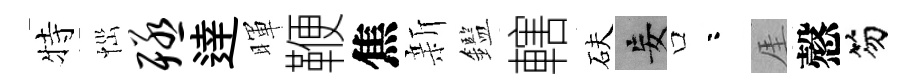
特𢙉殛逹暉鞭焦新鑑轄砆妄口咯厓慤笏